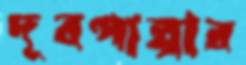
দূরপাল্পার